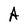
Character: A